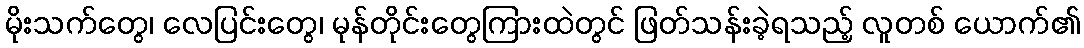
မိုးသက်တွေ၊ လေပြင်းတွေ၊ မုန်တိုင်းတွေကြားထဲတွင် ဖြတ်သန်းခဲ့ရသည့် လူတစ် ယောက်၏